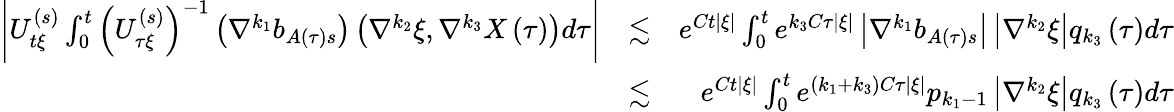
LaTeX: \begin{array}{rlr}{\left\vert U_{t\xi}^{\left(s\right)}\int_{0}^{t}\left(U_{\tau\xi}^{\left(s\right)}\right)^{-1}\left(\nabla^{k_{1}}b_{A\left(\tau\right)s}\right)\left(\nabla^{k_{2}}\xi,\nabla^{k_{3}}X\left(\tau\right)\right)d\tau\right\vert}&{\lesssim}&{e^{Ct\left\vert\xi\right\vert}\int_{0}^{t}e^{k_{3}C\tau\left\vert\xi\right\vert}\left\vert\nabla^{k_{1}}b_{A\left(\tau\right)s}\right\vert\left\vert\nabla^{k_{2}}\xi\right\vert q_{k_{3}}\left(\tau\right)d\tau}\\ &{\lesssim}&{e^{Ct\left\vert\xi\right\vert}\int_{0}^{t}e^{\left(k_{1}+k_{3}\right)C\tau\left\vert\xi\right\vert}p_{k_{1}-1}\left\vert\nabla^{k_{2}}\xi\right\vert q_{k_{3}}\left(\tau\right)d\tau}\end{array}